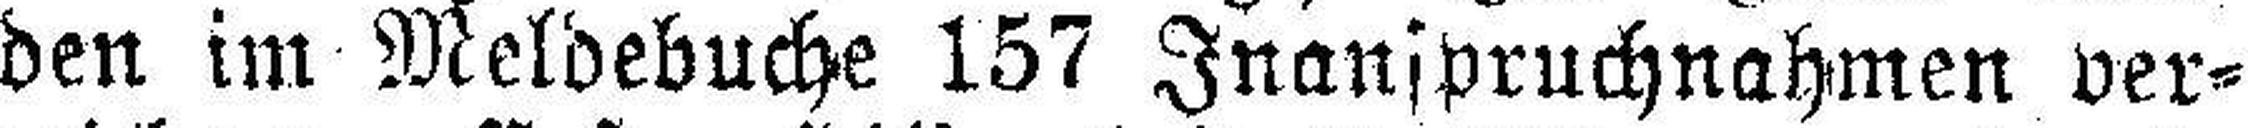
den im Meldebuche 157 Inanspruchnahmen ver¬